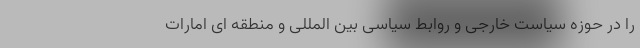
را در حوزه سیاست خارجی و روابط سیاسی بین المللی و منطقه ای امارات